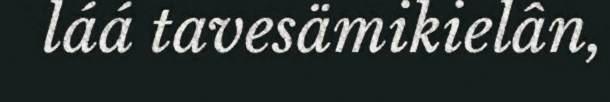
láá tavesämikielân,